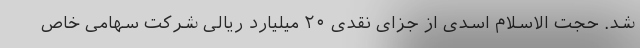
شد. حجت الاسلام اسدی از جزای نقدی ۲۰ میلیارد ریالی شرکت سهامی خاص